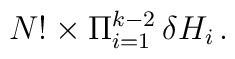
N!\times \Pi_{i=1}^{k-2} \, \delta H_i \, .